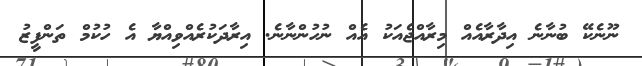
ނޫނެކޭ ބުނާނެ އިދާރާއެއް މިރާއްޖެއަކު އެއް ނުހުންނާނެ. އިރާދަކުރެއްވިއްޔާ އެ ހުކުމް ތަންފީޒު